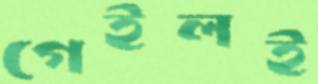
গেইলই